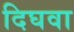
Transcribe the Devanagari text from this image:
दिघवा